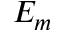
E _ { m }